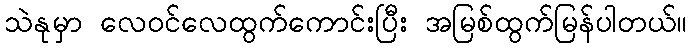
သဲနုမှာ လေဝင်လေထွက်ကောင်းပြီး အမြစ်ထွက်မြန်ပါတယ်။